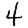
Digit: 4